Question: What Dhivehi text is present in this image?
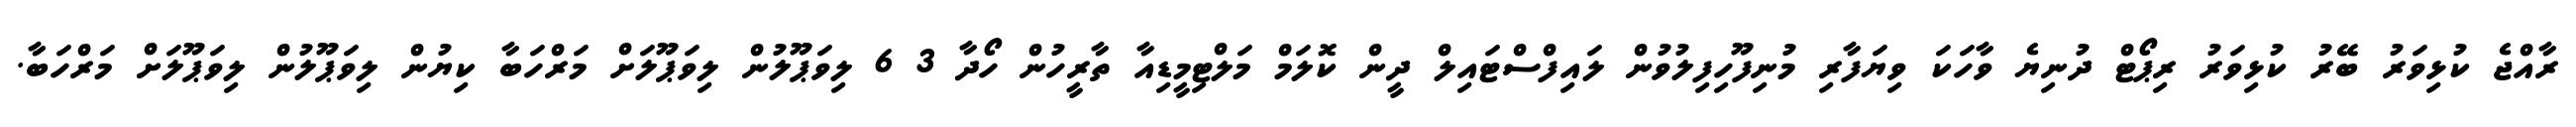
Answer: ރާއްޖެ ކުޅިވަރު ބޭރު ކުޅިވަރު ރިޕޯޓް ދުނިޔެ ވާހަކަ ވިޔަފާރި މުނިފޫހިފިލުވުން ލައިފްސްޓައިލް ދީން ކޮލަމް މަލްޓިމީޑިއާ ތާރީހުން ހޯދާ 3 6 ލިވަޕޫލުން ލިވަޕޫލަށް މަރްހަބާ ކިޔުން ލިވަޕޫލުން ލިވަޕޫލަށް މަރްހަބާ.